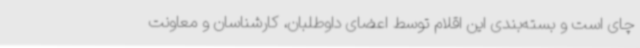
چای است و بسته‌بندی این اقلام توسط اعضای داوطلبان، کارشناسان و معاونت